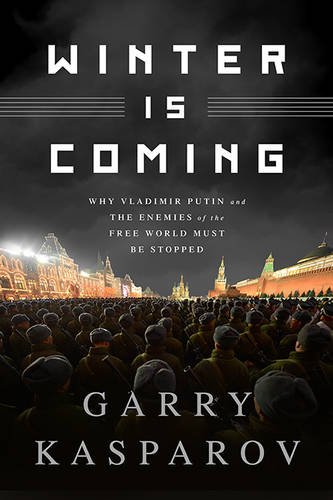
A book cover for Winter Is Coming: Why Vladimir Putin and the Enemies of the Free World Must Be Stopped; Garry Kasparov; History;